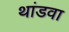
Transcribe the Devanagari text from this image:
थांडवा